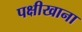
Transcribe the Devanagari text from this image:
पक्षीखाना